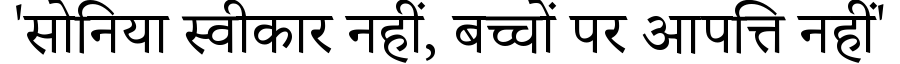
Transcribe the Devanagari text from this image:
'सोनिया स्वीकार नहीं, बच्चों पर आपत्ति नहीं'